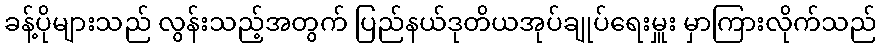
ခန့်ပိုများသည် လွန်းသည့်အတွက် ပြည်နယ်ဒုတိယအုပ်ချုပ်ရေးမှူး မှာကြားလိုက်သည်